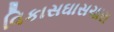
વિકાસઘાસચારા